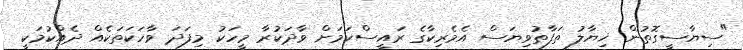
"ސިޔާސީގޮތުން ޚިޔާލު ތަފާތުވިޔަސް އެމެރިކާގެ ރައީސްކަމަށް ވާދަކުރާ މީހަކު މިފަދަ ވާހަކަތަކެއް ދެއްކުމަކީ